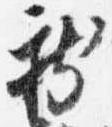
新